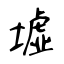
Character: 墟